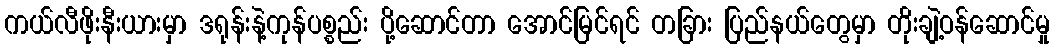
ကယ်လီဖိုးနီးယားမှာ ဒရုန်းနဲ့ကုန်ပစ္စည်း ပို့ဆောင်တာ အောင်မြင်ရင် တခြား ပြည်နယ်တွေမှာ တိုးချဲ့ဝန်ဆောင်မှု